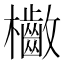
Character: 𣡁